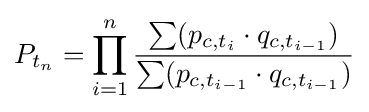
P_{t_{n}}=\prod _{i=1}^{n}{\frac {\sum (p_{c,t_{i}}\cdot q_{c,t_{i-1}})}{\sum (p_{c,t_{i-1}}\cdot q_{c,t_{i-1}})}}